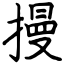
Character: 摱